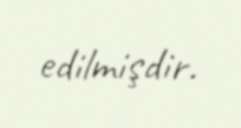
edilmişdir.